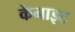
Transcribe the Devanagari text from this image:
केनाइट